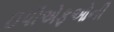
ઇપીએફઓની